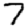
Digit: 7